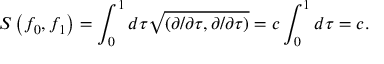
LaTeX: S \left( f _ { 0 } , f _ { 1 } \right) = \int _ { 0 } ^ { 1 } d \tau \sqrt { \left( \partial / \partial \tau , \partial / \partial \tau \right) } = c \int _ { 0 } ^ { 1 } d \tau = c .